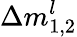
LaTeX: \Delta m_{1,2}^{l}